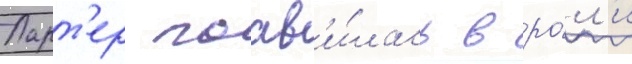
Ларт'ер поав'и́лась в ро́л'и